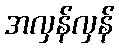
အလှန်လှန်